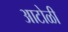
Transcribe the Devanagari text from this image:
आटोळी